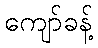
ကျော်ခန့်